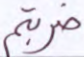
ضربتم